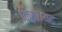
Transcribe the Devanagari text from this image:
किया।यह